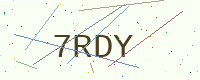
Text: 7RDY